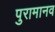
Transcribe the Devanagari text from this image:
पुरामानव